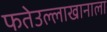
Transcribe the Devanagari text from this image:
फतेउल्लाखानाला